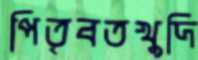
পিতৃবতখুদি